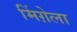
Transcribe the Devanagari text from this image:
मिंग़ेला